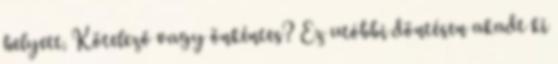
helyett. Kötelező vagy önkéntes? Ez utóbbi döntésen akadt ki